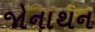
જોનાથન